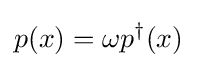
p(x)=\omega p^{\dagger }(x)